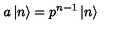
a \left| n \right\rangle = p ^ { n - 1 } \left| n \right\rangle